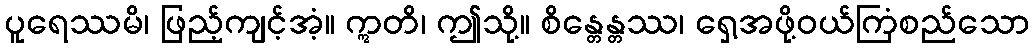
ပူရေဿမိ၊ ဖြည့်ကျင့်အံ့။ ဣတိ၊ ဤသို့။ စိန္တေန္တဿ၊ ရှေ့အဖို့ဝယ်ကြံစည်သော